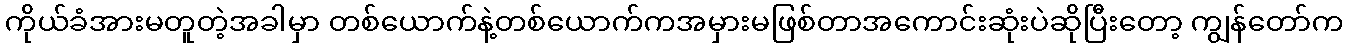
ကိုယ်ခံအားမတူတဲ့အခါမှာ တစ်ယောက်နဲ့တစ်ယောက်ကအမှားမဖြစ်တာအကောင်းဆုံးပဲဆိုပြီးတော့ ကျွန်တော်က